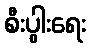
စီးပွါးရေး